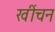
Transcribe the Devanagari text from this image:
खींचन